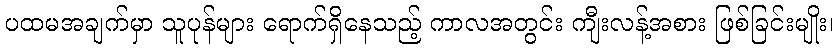
ပထမအချက်မှာ သူပုန်များ ရောက်ရှိနေသည့် ကာလအတွင်း ကျီးလန့်အစား ဖြစ်ခြင်းမျိုး၊